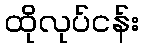
ထိုလုပ်ငန်း